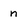
Character: n